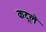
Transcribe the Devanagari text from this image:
कटूले